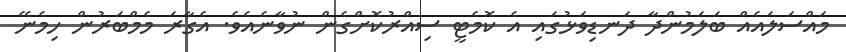
މައްސަލައެއް ބަލަމުންދާ ދަނޑިވަޅުގައި އެ ކޮމެޓީ ސިއްރުކޮށްގެން ނުވާނެއެވެ. އެގާރަ މެމްބަރުން ހިމެނޭ